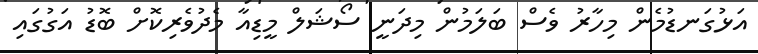
އަޅުގަނޑުމެން މިހާރު ވެސް ބަލަމުން މިދަނީ ސޯޝަލް މީޑިއާ މެދުވެރިކޮށް ބޮޑު އަގުގައި